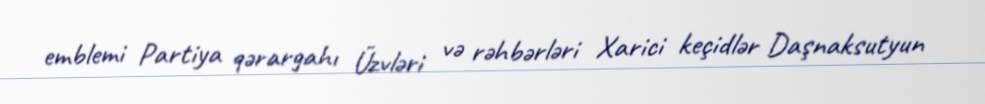
emblemi Partiya qərargahı Üzvləri və rəhbərləri Xarici keçidlər Daşnaksutyun